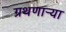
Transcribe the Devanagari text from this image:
ग्रथणाऱ्या